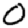
Digit: 0